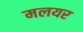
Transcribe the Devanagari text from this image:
मलयर